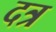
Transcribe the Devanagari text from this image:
दत्र